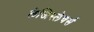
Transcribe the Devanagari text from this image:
लेजिस्लेचर्स